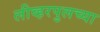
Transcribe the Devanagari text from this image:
लीव्हरपुलच्या